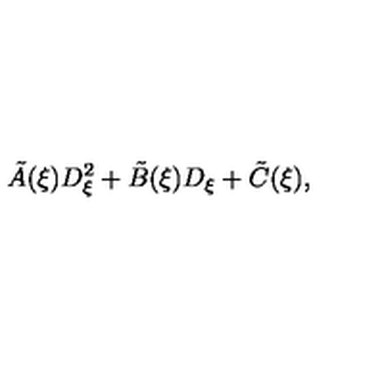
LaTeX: \tilde { A } ( \xi ) D _ { \xi } ^ { 2 } + \tilde { B } ( \xi ) D _ { \xi } + \tilde { C } ( \xi ) ,